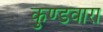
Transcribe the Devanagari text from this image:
कुण्डवारा